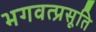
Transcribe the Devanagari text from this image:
भगवत्प्रसूति